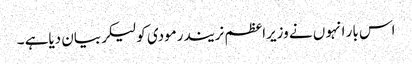
اس بار انہو ں نے وزیراعظم نریندرمودی کولیکربیان دیاہے ۔